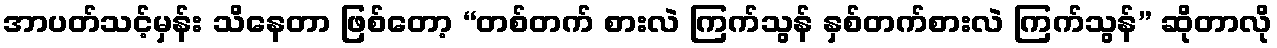
အာပတ်သင့်မှန်း သိနေတာ ဖြစ်တော့ “တစ်တက် စားလဲ ကြက်သွန် နှစ်တက်စားလဲ ကြက်သွန်” ဆိုတာလို